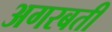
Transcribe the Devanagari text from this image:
अगरबती